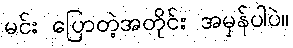
မင်း ပြောတဲ့အတိုင်း အမှန်ပါပဲ။